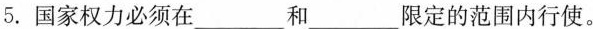
5. 国家权力必须在___和___限定的范围内行使。